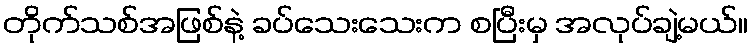
တိုက်သစ်အဖြစ်နဲ့ ခပ်သေးသေးက စပြီးမှ အလုပ်ချဲ့မယ်။